Civil Veterinary Dept. North-West Frontier Province 1923-32 - 1923-1932
Year: 1923
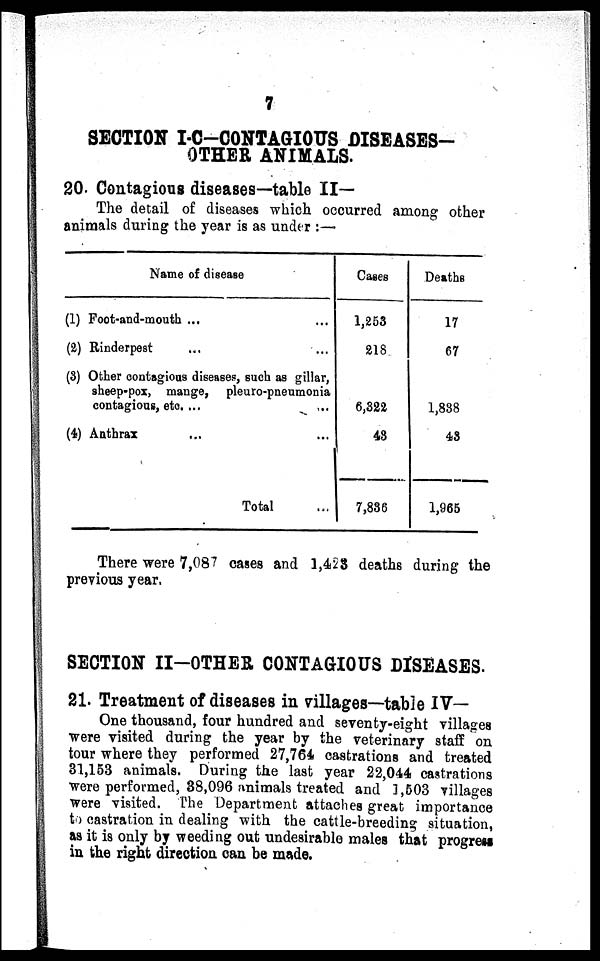
7
SECTION I-C-CONTAGIOUS DISEASES-
OTHER ANIMALS.
20. Contagious diseases—table II—
The detail of diseases which occurred among other
animals during the year is as under :—
Name of disease
(1) Foot-and-mouth ... ...
(2) Rinderpest ... ...
(3) Other contagious diseases, such as gillar,
sheep-pox, mange, pleuro-pneumonia
contagious, etc. ...
(4) Anthrax ... ...
Total ...
Cases
1,253
218
6,322
43
7,836
Deaths
17
67
1,838
43
1,965
There were 7,087 cases and 1,423 deaths during the
previous year.
SECTION II-OTHER CONTAGIOUS DISEASES.
21. Treatment of diseases in villages—table IV—
One thousand, four hundred and seventy-eight villages
were visited during the year by the veterinary staff on
tour where they performed 27,764 castrations and treated
31,153 animals. During the last year 22,044 castrations
were performed, 38,096 animals treated and 1,503 villages
were visited. The Department attaches great importance
to castration in dealing with the cattle-breeding situation,
as it is only by weeding out undesirable males that progress
in the right direction can be made.